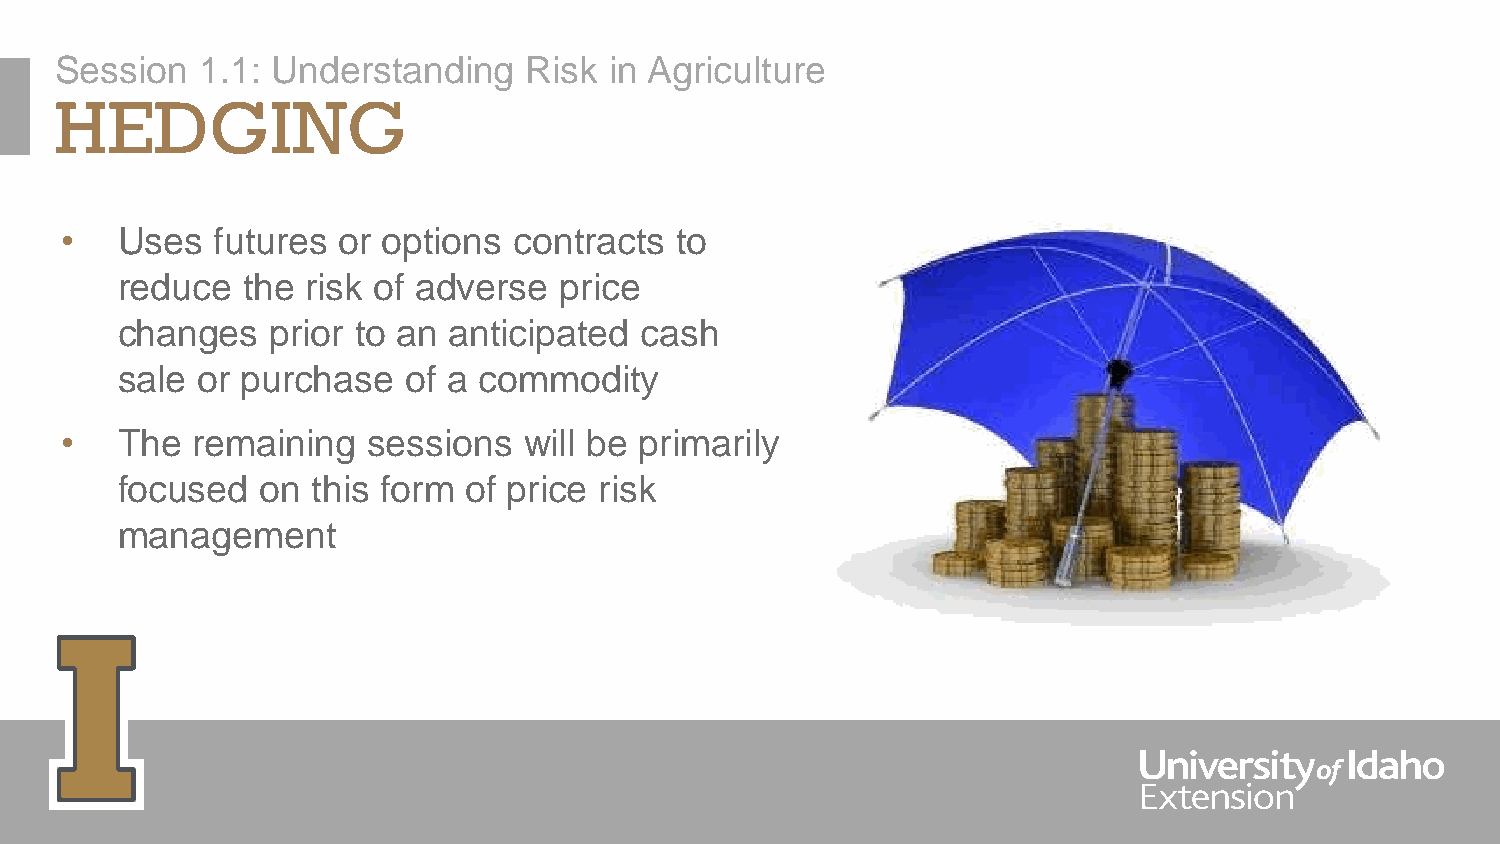
Session  1.1: Understanding    Risk in Agriculture
 HEDGING
 •   Uses  futures or options  contracts  to
 reduce  the risk of adverse  price
 changes   prior to an anticipated cash
 sale or purchase   of a commodity
 •   The  remaining  sessions   will be primarily
 focused  on  this form of price risk
 management